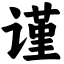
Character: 谨